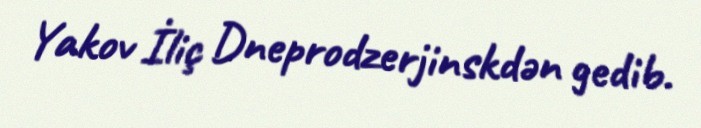
Yakov İliç Dneprodzerjinskdən gedib.